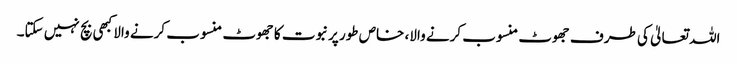
اللہ تعالیٰ کی طرف جھوٹ منسوب کرنے والا، خاص طور پرنبوت کا جھوٹ منسوب کرنے والا کبھی بچ نہیں سکتا۔